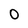
Character: O